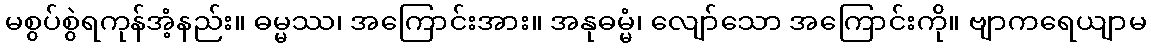
မစွပ်စွဲရကုန်အံ့နည်း။ ဓမ္မဿ၊ အကြောင်းအား။ အနုဓမ္မံ၊ လျော်သော အကြောင်းကို။ ဗျာကရေယျာမ